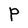
Character: P